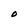
Character: O